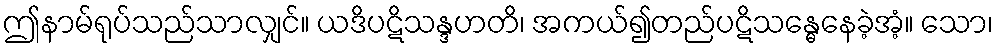
ဤနာမ်ရုပ်သည်သာလျှင်။ ယဒိပဋိသန္ဒဟတိ၊ အကယ်၍တည်ပဋိသန္ဓေနေခဲ့အံ့။ သော၊